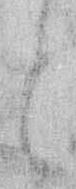
と